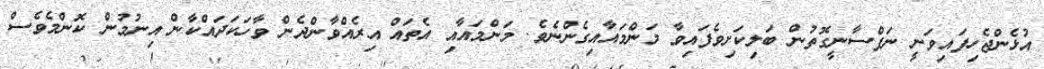
އުޅެންޖެހިފައިވަނީ ނަފްސާނީގޮތުން ބަލިކަށިވެފައިވާ މަންމައާއިގެންނެވެ. މަންމައާއި އެތައް އިރެއްވާންދެން ވާހަކަދައްކާން އިނުމުން ކޮންމެވެސް